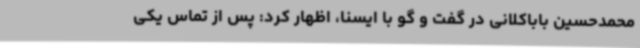
محمدحسین باباکلانی در گفت و گو با ایسنا، اظهار کرد: پس از تماس یکی